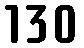
130